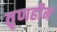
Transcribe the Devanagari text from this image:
तृणहीन